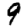
Digit: 9